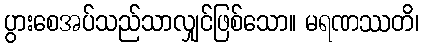
ပွားစေအပ်သည်သာလျှင်ဖြစ်သော။ မရဏဿတိ၊